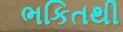
ભકિતથી